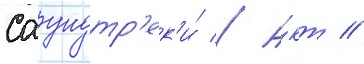
Саундтр'ек'и́ // А́кт //